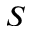
S